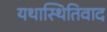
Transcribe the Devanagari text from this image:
यथास्थितिवाद